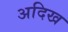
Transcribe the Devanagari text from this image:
अदिख